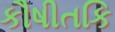
કૌષીતકિ